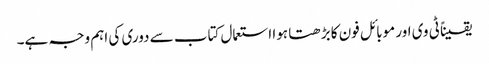
یقیناً ٹی وی اور موبائل فون کا بڑھتا ہوا استعمال کتاب سے دوری کی اہم وجہ ہے۔